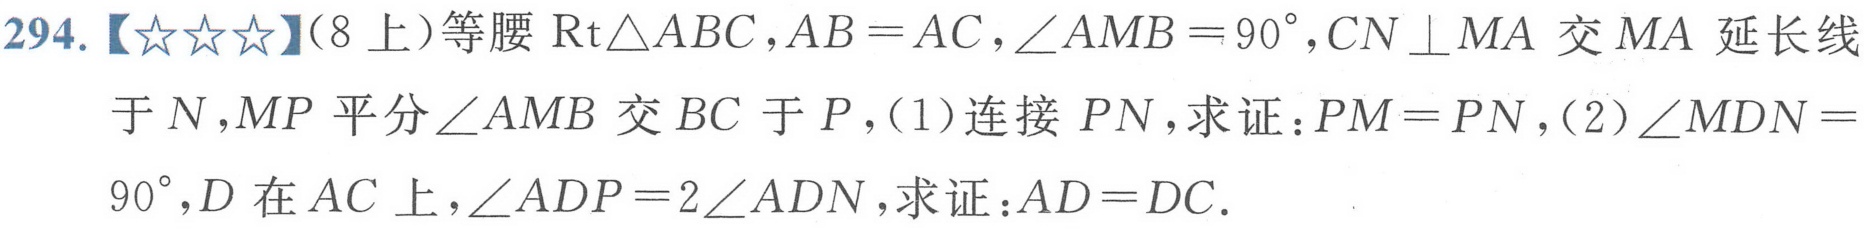
294.【★★★】(8上)等腰\(\text{Rt}\triangle ABC\),\(AB = AC\),\(\angle AMB = 90^{\circ}\),\(CN\perp MA\)交\(MA\)延长线于\(N\),\(MP\)平分\(\angle AMB\)交\(BC\)于\(P\),(1)连接 \(PN\),求证:\(PM = PN\),(2)\(\angle MDN = 90^{\circ}\),\(D\)在\(AC\)上,\(\angle ADP = 2\angle ADN\),求证:\(AD = DC\).